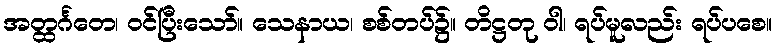
အတ္ထင်္ဂတေ၊ ဝင်ပြီးသော်။ သေနာယ၊ စစ်တပ်၌။ တိဋ္ဌတု ဝါ၊ ရပ်မူလည်း ရပ်ပစေ။